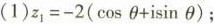
(1)z_{1}=-2(\cosθ+\isinθ)；